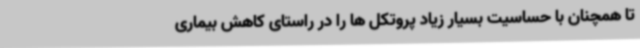
تا همچنان با حساسیت بسیار زیاد پروتکل ها را در راستای کاهش بیماری